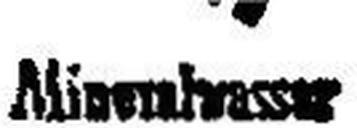
Miness###